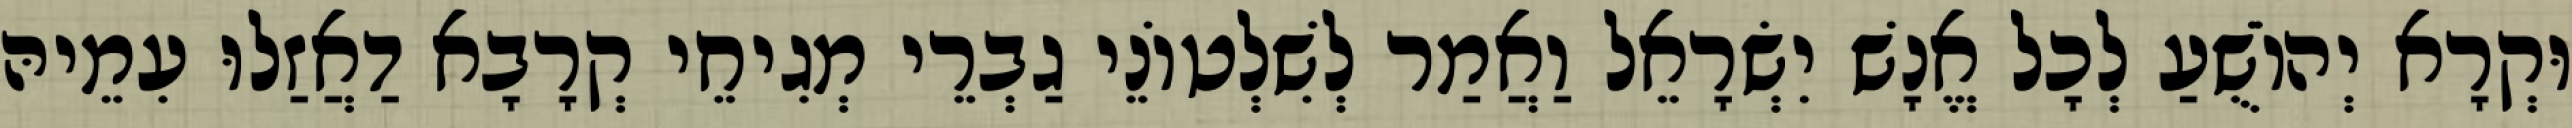
וּקְרָא יְהוֹשֻׁעַ לְכָל אֱנָשׁ יִשְׂרָאֵל וַאֲמַר לְשִׁלְטוֹנֵי גַבְרֵי מְגִיחֵי קְרָבָא דַאֲזַלוּ עִמֵיהּ